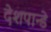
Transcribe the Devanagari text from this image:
देशपान्डे